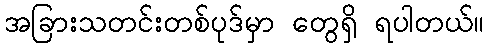
အခြားသတင်းတစ်ပုဒ်မှာ တွေရှိ ရပါတယ်။